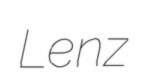
Lenz